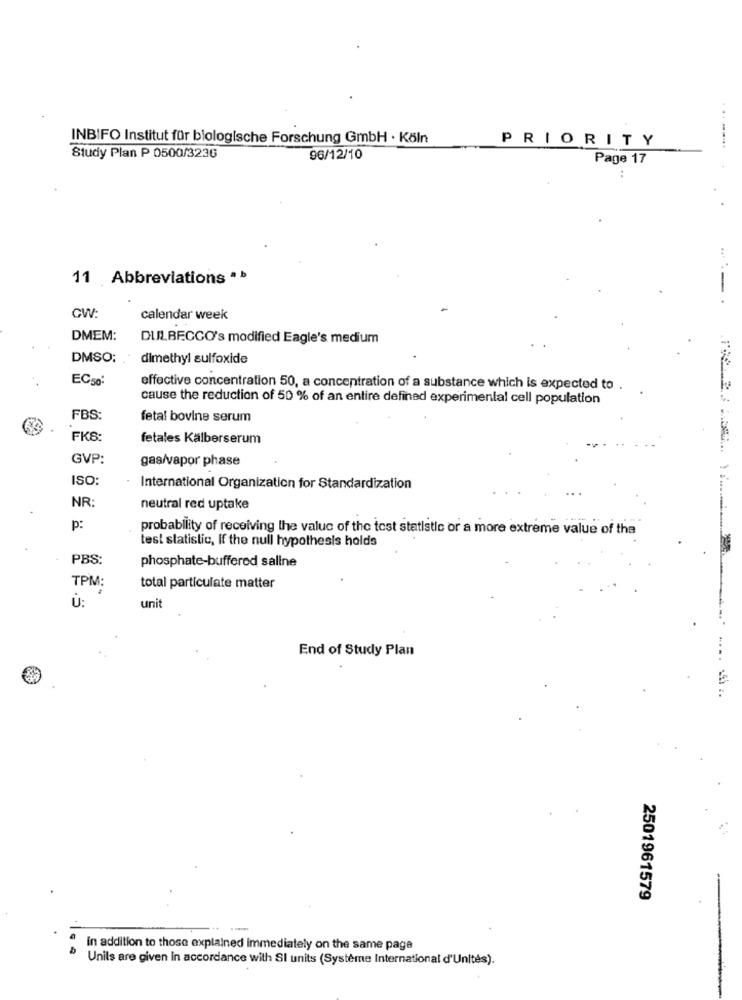
INBIFO Institut für biologische Forschung GmbH · Köln
PRIORITY
Study Plan P 0500/3236
96/12/10
Page 17
.
...
11 Abbreviations ·
-.
CW:
calendar week
DMEM:
DULBECCO's modified Eagle's medium
DMSO:
dimethyl sulfoxide
EC50:
effective concentration 50, a concentration of a substance which is expected to .
cause the reduction of 50 % of an entire defined experimental cell population
FBS:
fetal bovine serum
FKS:
fetales Kälberserum
GVP:
gas/vapor phase
ISO:
International Organization for Standardization
NR:
neutral red uptake
p:
probability of receiving the value of the test statistic or a more extreme value of the
test statistic, If the null hypothesis holds
PBS:
phosphate-buffered saline
TPM:
total particulate matter
Ů:
unit
End of Study Plan
2501961579
in addition to those explained immediately on the same page
Unils are given in accordance with SI units (Système International d'Unités).